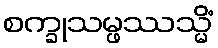
စက္ခုသမ္ဖဿသ္မိံ